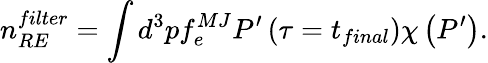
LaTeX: n_{RE}^{filter}=\int d^{3}pf_{e}^{MJ}P^{\prime}\left(\tau=t_{final}\right)\chi\left(P^{\prime}\right).